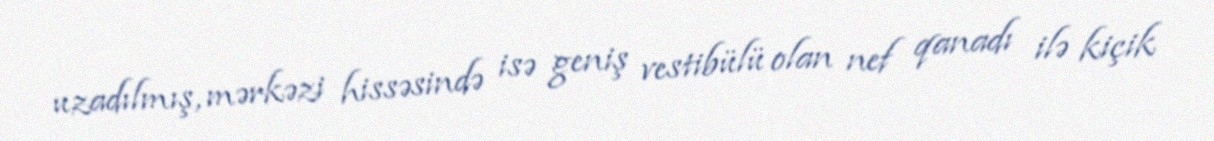
uzadılmış, mərkəzi hissəsində isə geniş vestibülü olan nef qanadı ilə kiçik